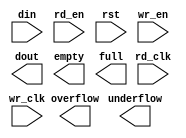
module TestFifo(
	din,
	rd_clk,
	rd_en,
	rst,
	wr_clk,
	wr_en,
	dout,
	empty,
	full,
	overflow,
	underflow);


input [15 : 0] din;
input rd_clk;
input rd_en;
input rst;
input wr_clk;
input wr_en;
output [127 : 0] dout;
output empty;
output full;
output overflow;
output underflow;

// synthesis translate_off

      FIFO_GENERATOR_V4_4 #(
		.C_COMMON_CLOCK(0),
		.C_COUNT_TYPE(0),
		.C_DATA_COUNT_WIDTH(14),
		.C_DEFAULT_VALUE("BlankString"),
		.C_DIN_WIDTH(16),
		.C_DOUT_RST_VAL("0"),
		.C_DOUT_WIDTH(128),
		.C_ENABLE_RLOCS(0),
		.C_FAMILY("spartan3"),
		.C_FULL_FLAGS_RST_VAL(0),
		.C_HAS_ALMOST_EMPTY(0),
		.C_HAS_ALMOST_FULL(0),
		.C_HAS_BACKUP(0),
		.C_HAS_DATA_COUNT(0),
		.C_HAS_INT_CLK(0),
		.C_HAS_MEMINIT_FILE(0),
		.C_HAS_OVERFLOW(1),
		.C_HAS_RD_DATA_COUNT(0),
		.C_HAS_RD_RST(0),
		.C_HAS_RST(1),
		.C_HAS_SRST(0),
		.C_HAS_UNDERFLOW(1),
		.C_HAS_VALID(0),
		.C_HAS_WR_ACK(0),
		.C_HAS_WR_DATA_COUNT(0),
		.C_HAS_WR_RST(0),
		.C_IMPLEMENTATION_TYPE(2),
		.C_INIT_WR_PNTR_VAL(0),
		.C_MEMORY_TYPE(1),
		.C_MIF_FILE_NAME("BlankString"),
		.C_MSGON_VAL(1),
		.C_OPTIMIZATION_MODE(0),
		.C_OVERFLOW_LOW(0),
		.C_PRELOAD_LATENCY(1),
		.C_PRELOAD_REGS(0),
		.C_PRIM_FIFO_TYPE("8kx4"),
		.C_PROG_EMPTY_THRESH_ASSERT_VAL(2),
		.C_PROG_EMPTY_THRESH_NEGATE_VAL(3),
		.C_PROG_EMPTY_TYPE(0),
		.C_PROG_FULL_THRESH_ASSERT_VAL(16381),
		.C_PROG_FULL_THRESH_NEGATE_VAL(16380),
		.C_PROG_FULL_TYPE(0),
		.C_RD_DATA_COUNT_WIDTH(11),
		.C_RD_DEPTH(2048),
		.C_RD_FREQ(1),
		.C_RD_PNTR_WIDTH(11),
		.C_UNDERFLOW_LOW(0),
		.C_USE_DOUT_RST(1),
		.C_USE_ECC(0),
		.C_USE_EMBEDDED_REG(0),
		.C_USE_FIFO16_FLAGS(0),
		.C_USE_FWFT_DATA_COUNT(0),
		.C_VALID_LOW(0),
		.C_WR_ACK_LOW(0),
		.C_WR_DATA_COUNT_WIDTH(14),
		.C_WR_DEPTH(16384),
		.C_WR_FREQ(1),
		.C_WR_PNTR_WIDTH(14),
		.C_WR_RESPONSE_LATENCY(1))
	inst (
		.DIN(din),
		.RD_CLK(rd_clk),
		.RD_EN(rd_en),
		.RST(rst),
		.WR_CLK(wr_clk),
		.WR_EN(wr_en),
		.DOUT(dout),
		.EMPTY(empty),
		.FULL(full),
		.OVERFLOW(overflow),
		.UNDERFLOW(underflow),
		.CLK(),
		.INT_CLK(),
		.BACKUP(),
		.BACKUP_MARKER(),
		.PROG_EMPTY_THRESH(),
		.PROG_EMPTY_THRESH_ASSERT(),
		.PROG_EMPTY_THRESH_NEGATE(),
		.PROG_FULL_THRESH(),
		.PROG_FULL_THRESH_ASSERT(),
		.PROG_FULL_THRESH_NEGATE(),
		.RD_RST(),
		.SRST(),
		.WR_RST(),
		.ALMOST_EMPTY(),
		.ALMOST_FULL(),
		.DATA_COUNT(),
		.PROG_EMPTY(),
		.PROG_FULL(),
		.VALID(),
		.RD_DATA_COUNT(),
		.WR_ACK(),
		.WR_DATA_COUNT(),
		.SBITERR(),
		.DBITERR());


// synthesis translate_on

// XST black box declaration
// box_type "black_box"
// synthesis attribute box_type of TestFifo is "black_box"

endmodule